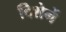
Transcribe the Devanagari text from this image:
दिशेनें